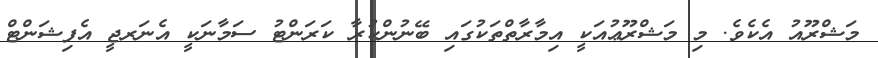
މަޝްރޫއު އެކެވެ. މި މަޝްރޫޢުއަކީ އިމާރާތްތަކުގައި ބޭނުންކުރާ ކަރަންޓު ސަމާނަކީ އެނަރޖީ އެފިޝަންޓް